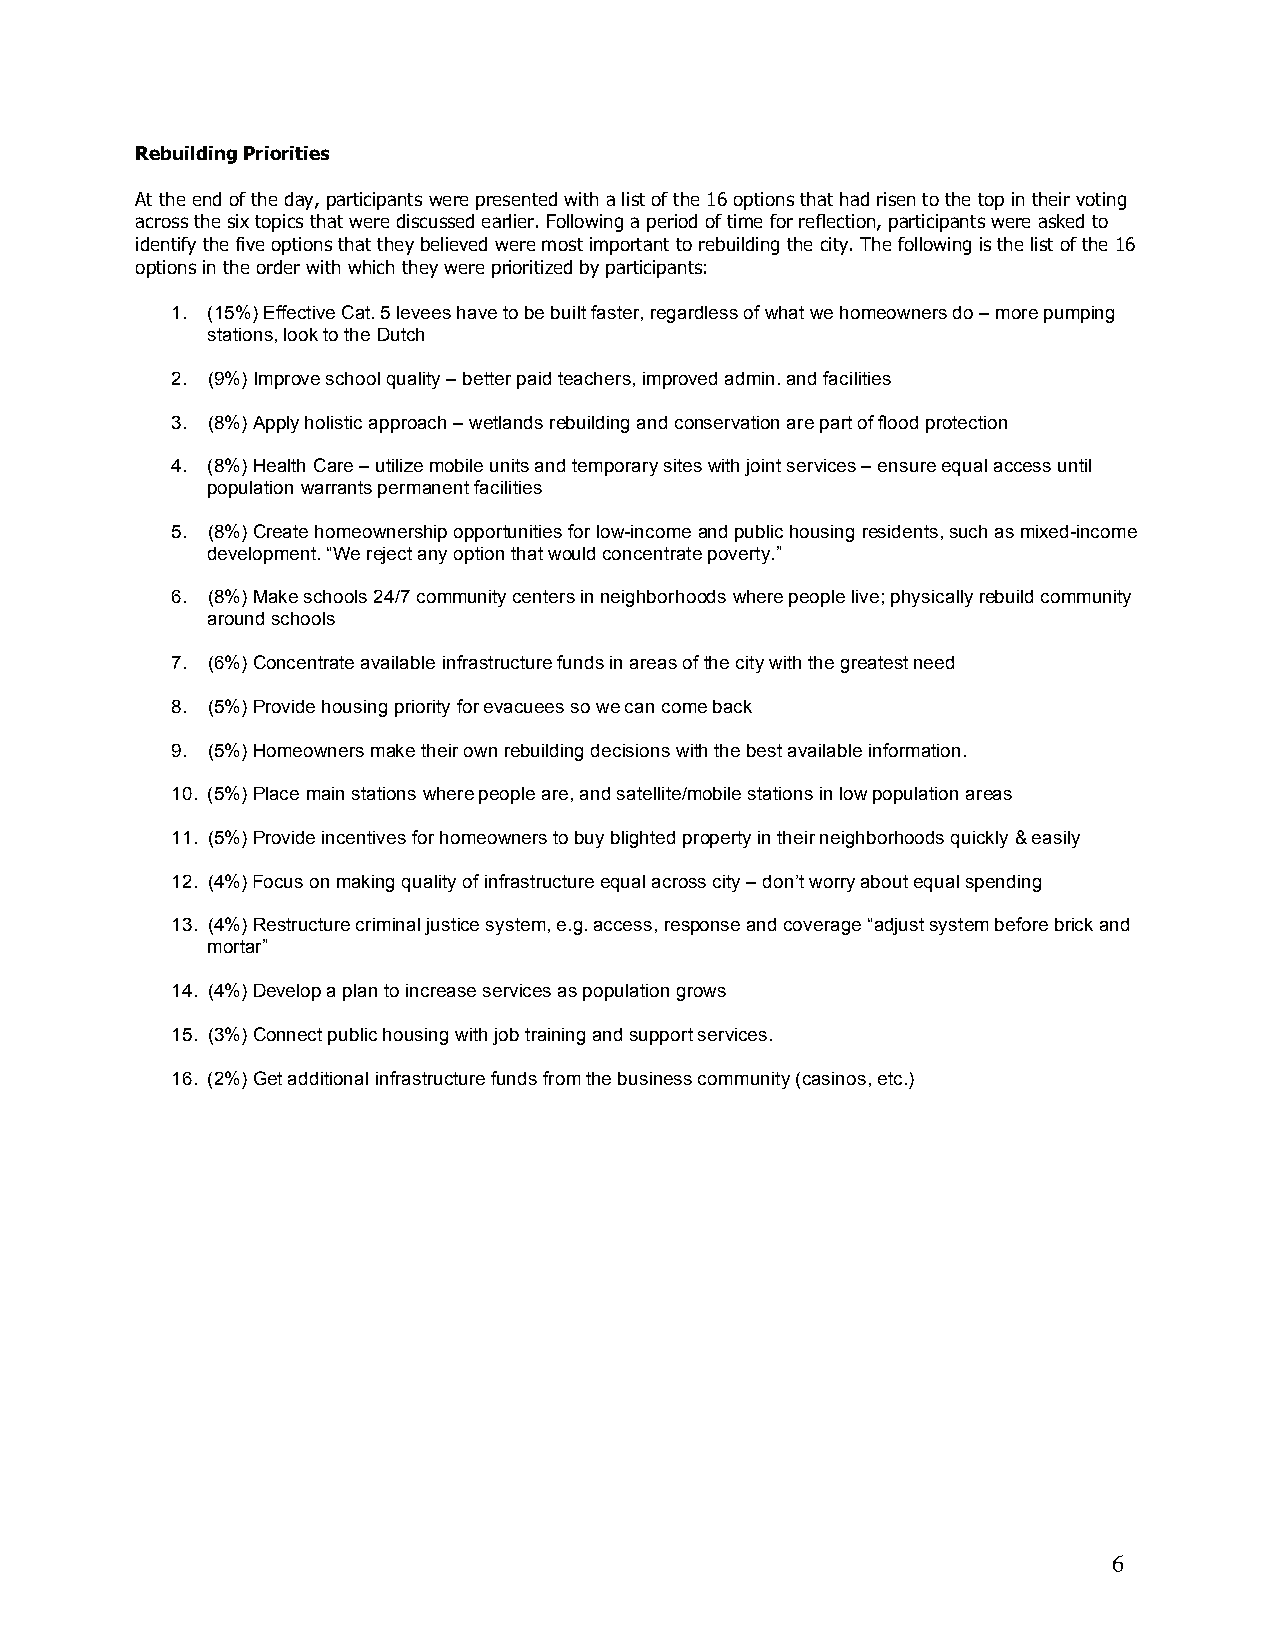
Rebuilding Priorities
 At the end of the day, participants were presented with a list of the 16 options that had risen to the top in their voting
 across the six topics that were discussed earlier. Following a period of time for reflection, participants were asked to
 identify the five options that they believed were most important to rebuilding the city. The following is the list of the 16
 options in the order with which they were prioritized by participants:
 1. (15%) Effective Cat. 5 levees have to be built faster, regardless of what we homeowners do – more pumping
 stations, look to the Dutch
 2. (9%) Improve school quality – better paid teachers, improved admin. and facilities
 3. (8%) Apply holistic approach – wetlands rebuilding and conservation are part of flood protection
 4. (8%) Health Care – utilize mobile units and temporary sites with joint services – ensure equal access until
 population warrants permanent facilities
 5. (8%) Create homeownership opportunities for low-income and public housing residents, such as mixed-income
 development. “We reject any option that would concentrate poverty.”
 6. (8%) Make schools 24/7 community centers in neighborhoods where people live; physically rebuild community
 around schools
 7. (6%) Concentrate available infrastructure funds in areas of the city with the greatest need
 8. (5%) Provide housing priority for evacuees so we can come back
 9. (5%) Homeowners make their own rebuilding decisions with the best available information.
 10. (5%) Place main stations where people are, and satellite/mobile stations in low population areas
 11. (5%) Provide incentives for homeowners to buy blighted property in their neighborhoods quickly & easily
 12. (4%) Focus on making quality of infrastructure equal across city – don’t worry about equal spending
 13. (4%) Restructure criminal justice system, e.g. access, response and coverage “adjust system before brick and
 mortar”
 14. (4%) Develop a plan to increase services as population grows
 15. (3%) Connect public housing with job training and support services.
 16. (2%) Get additional infrastructure funds from the business community (casinos, etc.)
 6